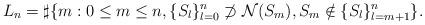
LaTeX: \begin{align*}L_n=\sharp \{m: 0\le m \le n, \{S_{l}\}_{l=0}^{n}\not\supset {\cal N} (S_m) ,S_m \notin\{S_l\}_{l=m+1}^n \}. \end{align*}